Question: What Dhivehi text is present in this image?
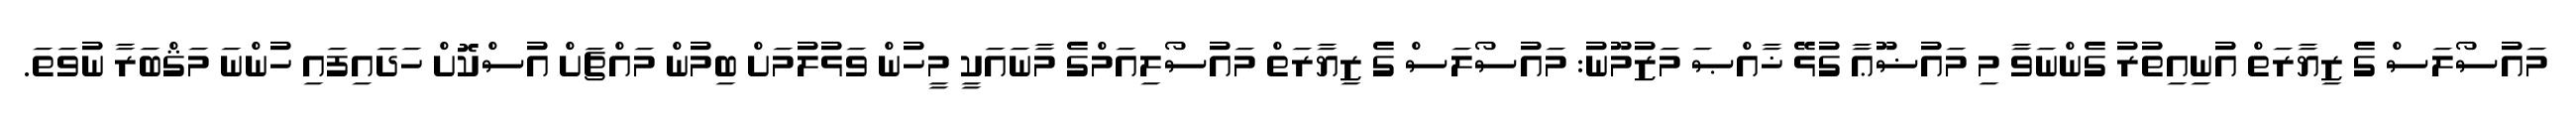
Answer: މައުސޯލަސް ގެ ޒިޔާރަތް އުނިއިތުރު ގެންނަވާ މި މައުޟޫޢާ ގުޅޭ ޚާއްޞަ މަޒުމޫނު: މައުސޯލަސް ގެ ޒިޔާރަތް މައުސޯލިއަމްގެ މާނައަކީ މީހުން ވަޅުލުމަށް ބިމުން މައްޗަށް އުސްކޮށް ހަދައިފައި ހުންނަ މަޤްބަރާ ނުވަތަ.